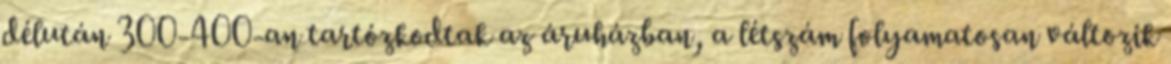
délután 300-400-an tartózkodtak az áruházban, a létszám folyamatosan változik